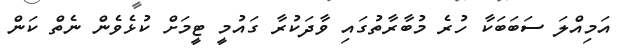
އަމިއްލަ ސަބަބަކާ ހުރެ މުބާރާތުގައި ވާދަކުރާ ގައުމީ ޓީމަށް ކުޅެވެން ނެތް ކަން